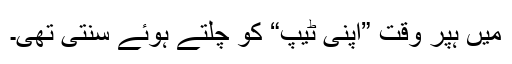
میں ہپر وقت ”اپنی ٹیپ“ کو چلتے ہوئے سنتی تھی۔